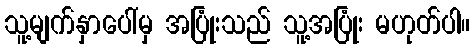
သူ့မျက်နှာပေါ်မှ အပြုံးသည် သူ့အပြုံး မဟုတ်ပါ။